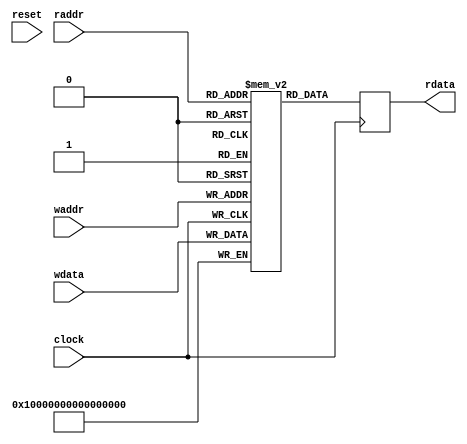
module Memory1R1WReadFirst(
  input         clock,
  input         reset,
  input  [4:0]  raddr, // @[src/main/scala/Memory.scala 21:17]
  output [63:0] rdata, // @[src/main/scala/Memory.scala 22:17]
  input  [4:0]  waddr, // @[src/main/scala/Memory.scala 24:17]
  input  [63:0] wdata // @[src/main/scala/Memory.scala 25:17]
);
  reg [63:0] mem [0:31]; // @[src/main/scala/Memory.scala 27:24]
  wire  mem_rdata_MPORT_en; // @[src/main/scala/Memory.scala 27:24]
  wire [4:0] mem_rdata_MPORT_addr; // @[src/main/scala/Memory.scala 27:24]
  wire [63:0] mem_rdata_MPORT_data; // @[src/main/scala/Memory.scala 27:24]
  wire [63:0] mem_MPORT_data; // @[src/main/scala/Memory.scala 27:24]
  wire [4:0] mem_MPORT_addr; // @[src/main/scala/Memory.scala 27:24]
  wire  mem_MPORT_mask; // @[src/main/scala/Memory.scala 27:24]
  wire  mem_MPORT_en; // @[src/main/scala/Memory.scala 27:24]
  reg [63:0] mem_rdata_MPORT_data_pipe_0;
  assign mem_rdata_MPORT_en = 1'h1;
  assign mem_rdata_MPORT_addr = raddr;
  assign mem_rdata_MPORT_data = mem[mem_rdata_MPORT_addr]; // @[src/main/scala/Memory.scala 27:24]
  assign mem_MPORT_data = wdata;
  assign mem_MPORT_addr = waddr;
  assign mem_MPORT_mask = 1'h1;
  assign mem_MPORT_en = 1'h1;
  assign rdata = mem_rdata_MPORT_data_pipe_0; // @[src/main/scala/Memory.scala 28:9]
  always @(posedge clock) begin
    if (mem_MPORT_en & mem_MPORT_mask) begin
      mem[mem_MPORT_addr] <= mem_MPORT_data; // @[src/main/scala/Memory.scala 27:24]
    end
    if (1'h1) begin
      mem_rdata_MPORT_data_pipe_0 <= mem_rdata_MPORT_data;
    end
  end
endmodule